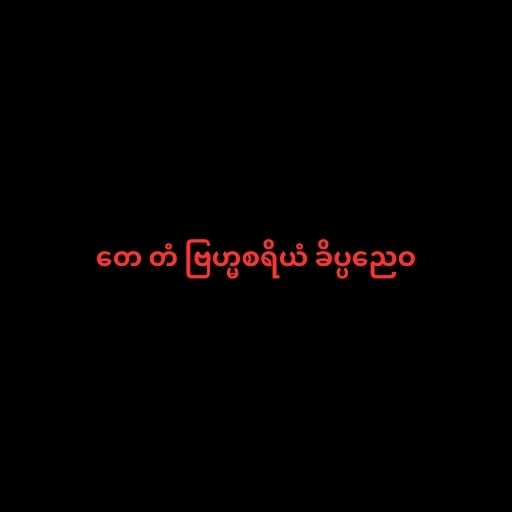
တေ တံ ဗြဟ္မစရိယံ ခိပ္ပညေဝ